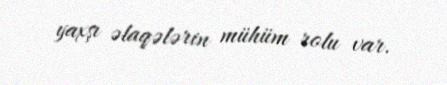
yaxşı əlaqələrin mühüm rolu var.